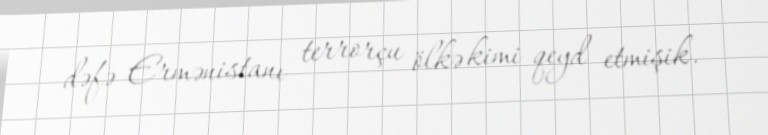
dəfə Ermənistanı terrorçu ölkə kimi qeyd etmişik.